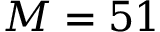
M = 5 1